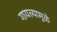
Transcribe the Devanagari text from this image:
गायल्यामुळे